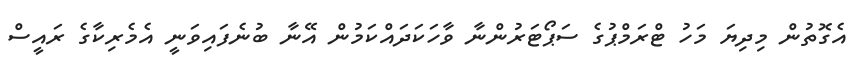
އެގޮތުން މިދިޔަ މަހު ޓްރަމްޕުގެ ސަޕޯޓަރުންނާ ވާހަކަދައްކަމުން އޭނާ ބުނެފައިވަނީ އެމެރިކާގެ ރައީސް